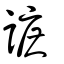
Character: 謶